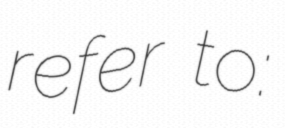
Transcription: refer to: